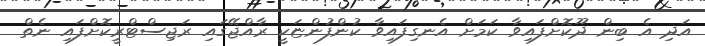
އަދި އެ ބިން ދޫކޮށްފައިވާ ކަމަށް އެނގިފައިވާ ކުންފުންޏަކީ ރާއްޖޭގައި ރަޖިސްޓްރީކޮށްފައި ނެތް